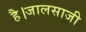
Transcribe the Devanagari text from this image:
है।जालसाजी